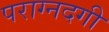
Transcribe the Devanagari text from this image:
पराग्नदगी